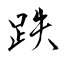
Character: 跌